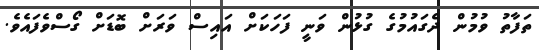
ތަފާތު ވުމުން ދެގައުމުގެ ގުޅުން ވަނީ ފަހަކަށް އައިސް ވަރަށް ބޮޑަށް ގޯސްވެފައެވެ.